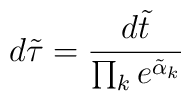
d\tilde\tau = {d\tilde{t} \over \prod_k e^{\tilde\alpha_k}}